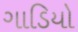
ગાડિયો